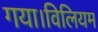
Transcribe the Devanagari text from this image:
गया।विलियम